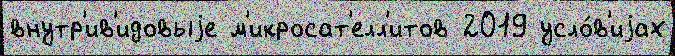
внутр'ив'идовыjе м'икросат'елл'итов 2019 усло́в'иjах